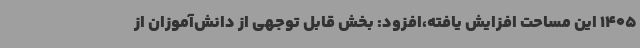
1405 این مساحت افزایش یافته،افزود: بخش قابل توجهی از دانش‌آموزان از